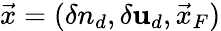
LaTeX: \vec{x}=(\delta n_{d},\delta\mathbf{u}_{d},\vec{x}_{F})